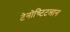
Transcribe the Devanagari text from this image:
टेनोच्टिटलान